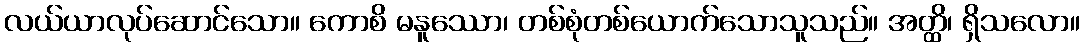
လယ်ယာလုပ်ဆောင်သော။ ကောစိ မနူဿော၊ တစ်စုံတစ်ယောက်သောသူသည်။ အတ္ထိ၊ ရှိသလော။